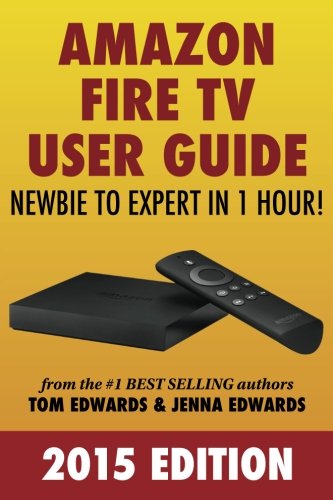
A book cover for Amazon Fire TV User Guide: Newbie to Expert in 1 Hour!; Tom Edwards; Computers & Technology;